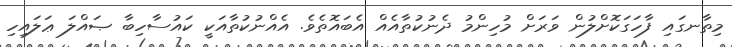
މިތާނގައި ފާހަގަކޮށްލުން ވަރަށް މުހިންމު ދެނުކުތާއެއް އެބައޮތެވެ. އެއްނުކުތާއަކީ ކައުސާހިބާ ޞައްލަ ޢަލައިހި